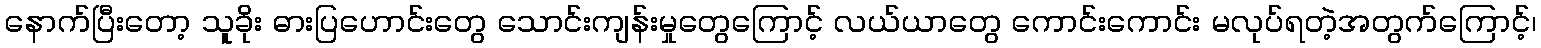
နောက်ပြီးတော့ သူခိုး ဓားပြဟောင်းတွေ သောင်းကျန်းမှုတွေကြောင့် လယ်ယာတွေ ကောင်းကောင်း မလုပ်ရတဲ့အတွက်ကြောင့်၊